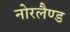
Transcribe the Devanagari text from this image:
नोरलैण्ड